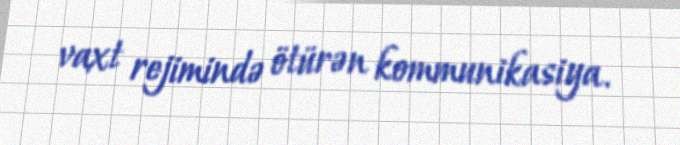
vaxt rejimində ötürən kommunikasiya.